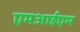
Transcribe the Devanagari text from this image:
एमआईएम